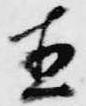
直